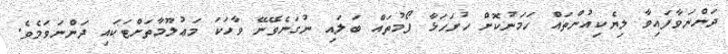
ދަންނަވާފައިވާ ލިޔެކިއުންތައް ހަމަނުކޮށް ހުށަހަޅާ ފޯމުތައް ބަލައި ނުގަނެވޭނޭ ވާހަކަ މަޢުލޫމާތަށްޓަކައި ދަންނަވަމެވެ.